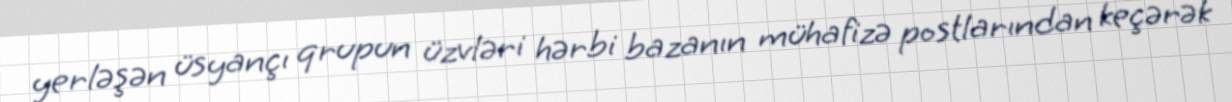
yerləşən üsyançı qrupun üzvləri hərbi bazanın mühafizə postlarından keçərək